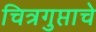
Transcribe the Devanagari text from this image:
चित्रगुप्ताचे